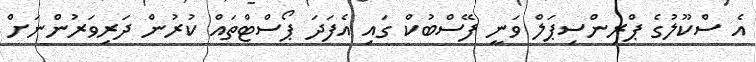
އެ ސްކޫލުގެ ޕްރިންސިޕަލް ވަނީ ފޭސްބުކް ގައި އެފަދަ ޕޯސްޓްތައް ކުރުން ދަރިވަރުންނަށް